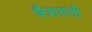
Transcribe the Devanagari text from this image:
चैत्रातली